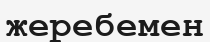
жеребемен